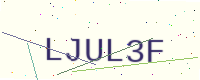
Text: LJUL3F